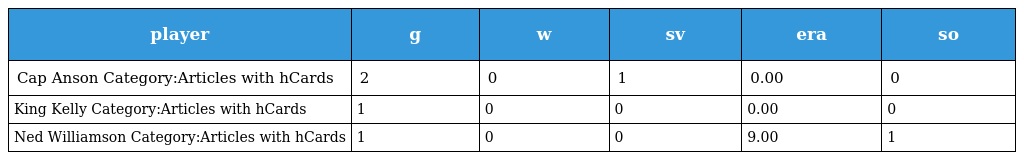
| player | g | w | sv | era | so |
 | --- | --- | --- | --- | --- | --- |
 | Cap Anson Category:Articles with hCards | 2 | 0 | 1 | 0.00 | 0 |
 | King Kelly Category:Articles with hCards | 1 | 0 | 0 | 0.00 | 0 |
 | Ned Williamson Category:Articles with hCards | 1 | 0 | 0 | 9.00 | 1 |